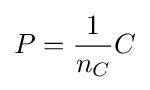
P={\frac {1}{n_{C}}}C